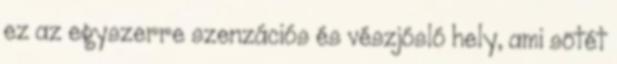
ez az egyszerre szenzációs és vészjósló hely, ami sötét